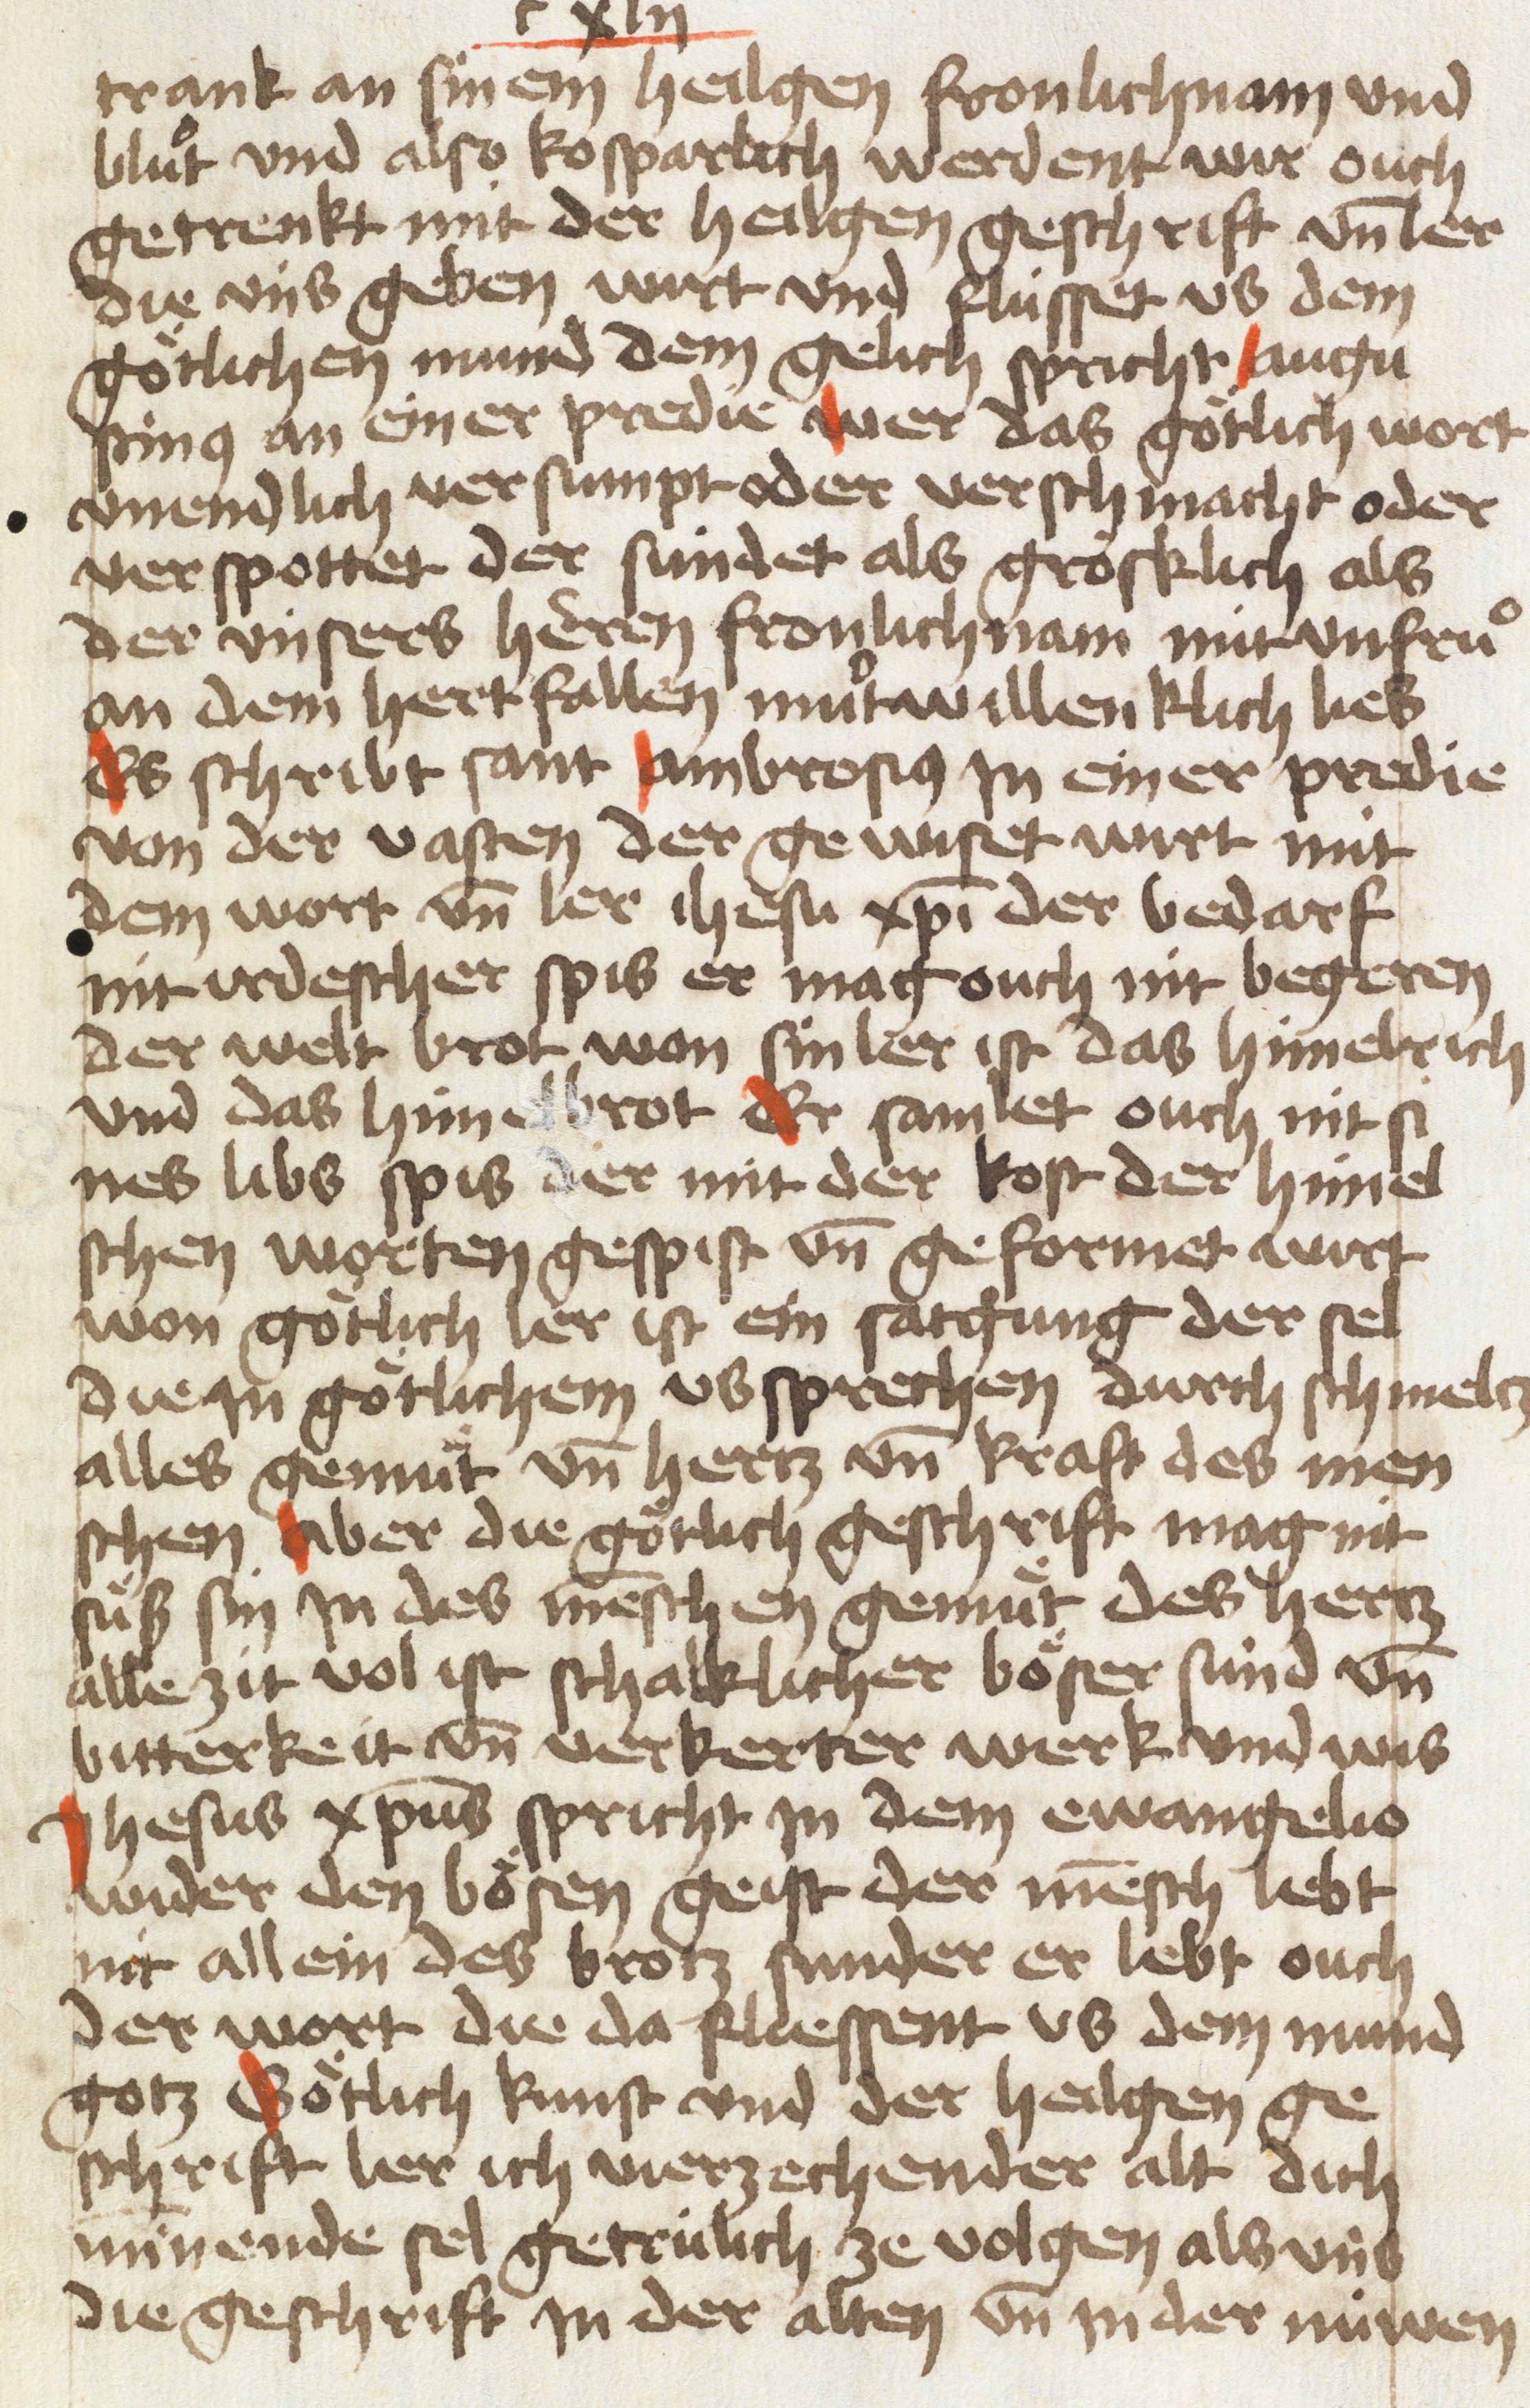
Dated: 1454–1454